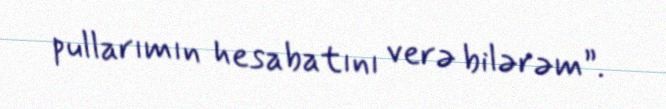
pullarımın hesabatını verə bilərəm”.